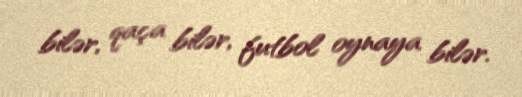
bilər, qaça bilər, futbol oynaya bilər.